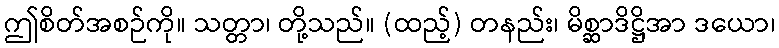
ဤစိတ်အစဉ်ကို။ သတ္တာ၊ တို့သည်။ (ထည့်) တနည်း၊ မိစ္ဆာဒိဋ္ဌိအာ ဒယော၊